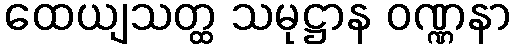
ထေယျသတ္ထ သမုဋ္ဌာန ဝဏ္ဏနာ